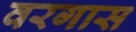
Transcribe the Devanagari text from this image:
वरगास